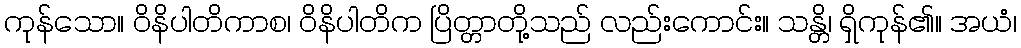
ကုန်သော။ ဝိနိပါတိကာစ၊ ဝိနိပါတိက ပြိတ္တာတို့သည် လည်းကောင်း။ သန္တိ၊ ရှိကုန်၏။ အယံ၊